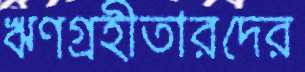
ঋণগ্রহীতারদের